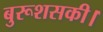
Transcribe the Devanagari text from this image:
बुरूशसकी।